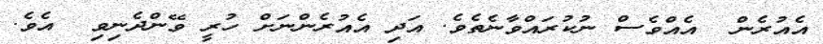
އެއުރެން  އެއްވެސް ނުކުރައްވާނެތެވެ. އަދި އެއުރެންނަށް ހުރީ ވޭންދެނިވި  އެވެ.